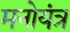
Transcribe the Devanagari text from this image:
मनोयंत्र